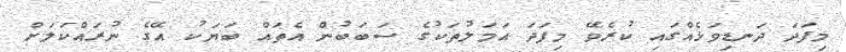
މިފަދަ ދަނޑިވަޅެއްގައި ކުރެވޭ މިފަދަ އަމަލުތަކުގެ ސަބަބުން އެތައް ބަޔަކު އޭގެ ނުރައްކަަލަށް